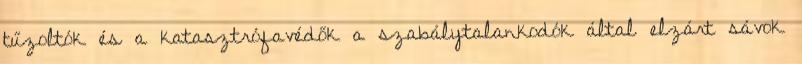
tűzoltók és a katasztrófavédők a szabálytalankodók által elzárt sávok